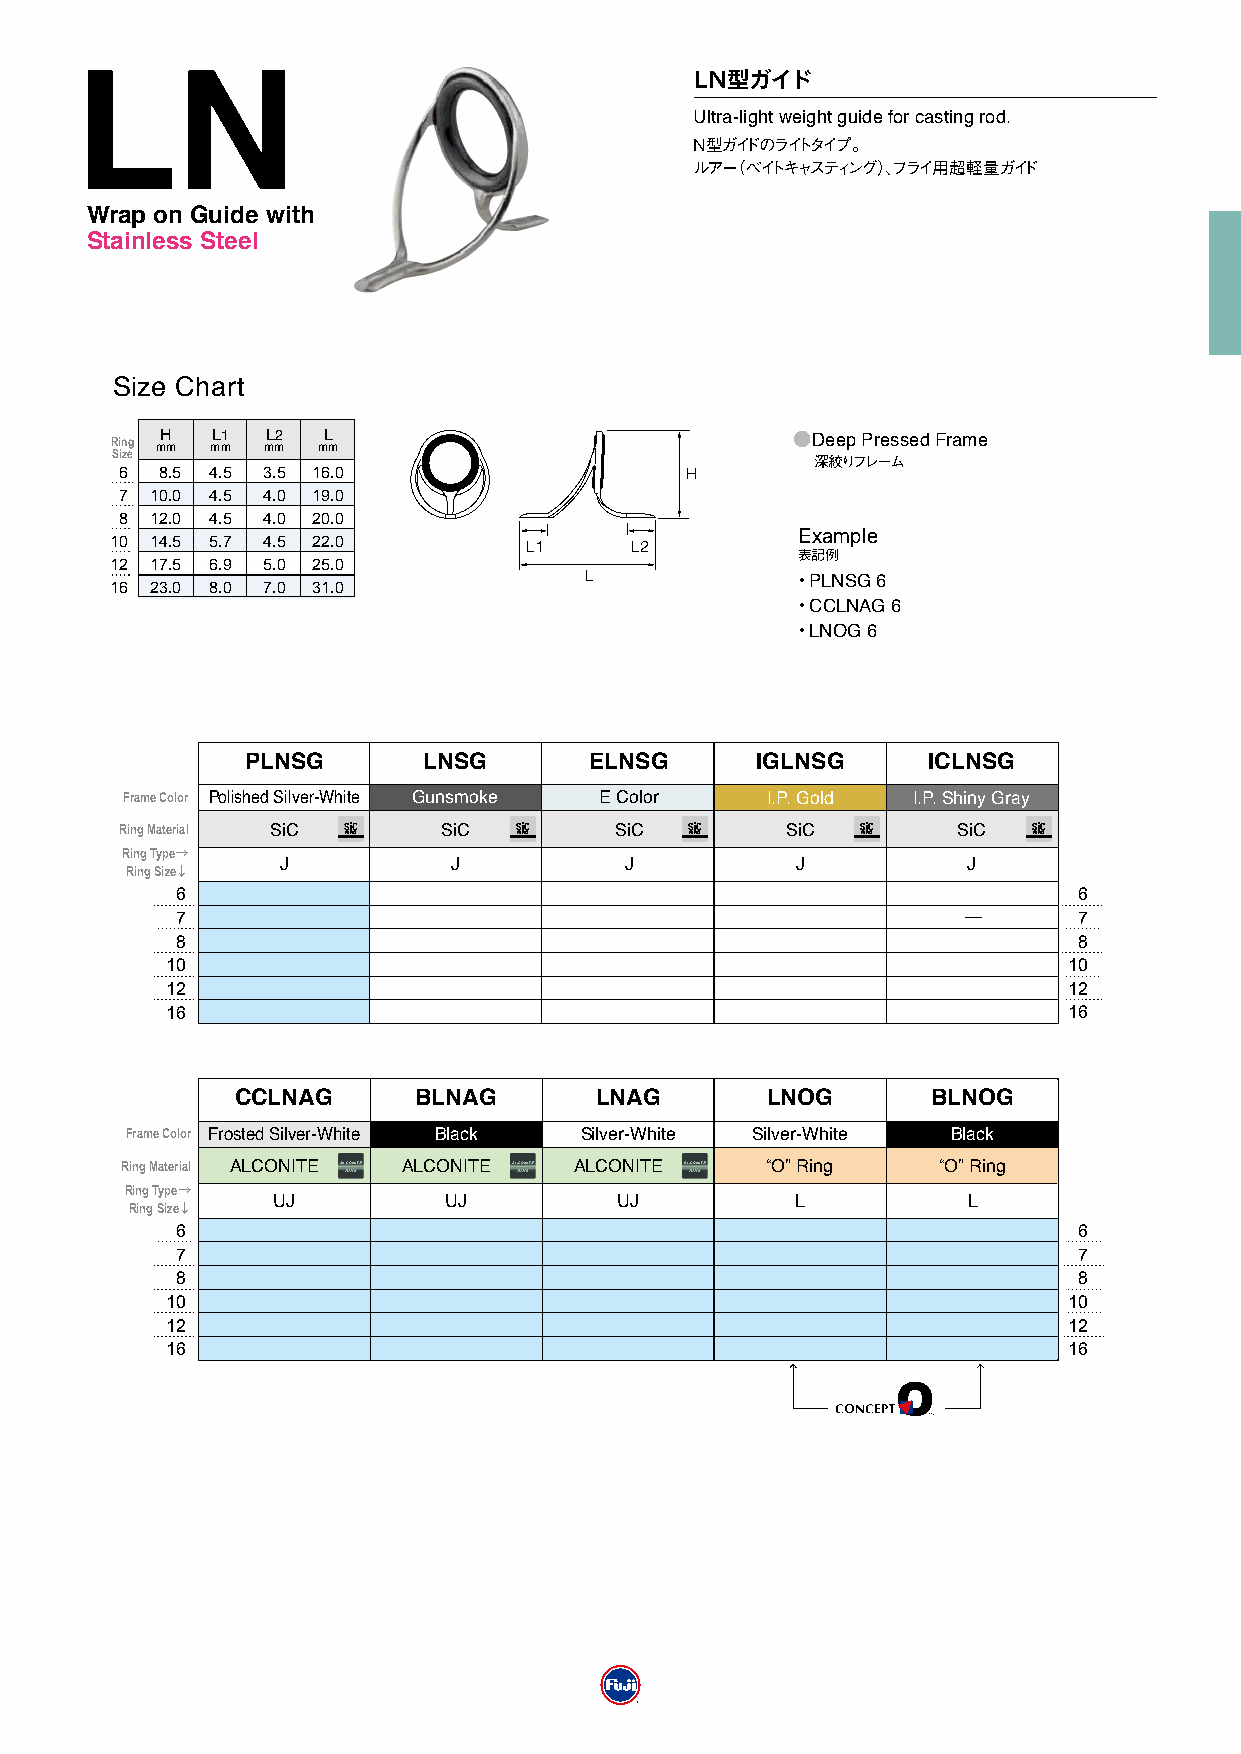
LN型ガイド
 LN
 Ultra-light weight guide for casting rod.
 N型ガイドのライトタイプ。
 ルアー（ベイトキャスティング）、フライ用超軽量ガイド
 Wrap on Guide with
 Stainless Steel
 Size Chart
 Ring H L1  L2 L                              ●Deep Pressed Frame
 Size mm mm mm mm
 深絞りフレーム
 6  8.5 4.5 3.5 16.0                  H
 7 10.0 4.5 4.0 19.0
 8 12.0 4.5 4.0 20.0
 Example
 10 14.5 5.7 4.5 22.0        L1     L2
 表記例
 12 17.5 6.9 5.0 25.0
 16 23.0 8.0 7.0 31.0            L            ・PLNSG 6
 ・CCLNAG 6
 ・LNOG 6
 PLNSG       LNSG       ELNSG      IGLNSG     ICLNSG
 Frame Color Polished Silver-White Gunsmoke E Color I.P. Gold I.P. Shiny Gray
 Ring Material SiC RING SiC RING  SiC  RING  SiC  RING  SiC  RING
 Ring Type→
 Ring Size↓ J          J          J           J          J
 6                                                          6
 7                                                   ̶      7
 8                                                          8
 10                                                          10
 12                                                          12
 16                                                          16
 CCLNAG     BLNAG       LNAG        LNOG       BLNOG
 Frame Color Frosted Silver-White Black Silver-White Silver-White Black
 Ring Material ALCONITE ALCONITE ALCONITE   “O” Ring   “O” Ring
 RING       RING        RING
 Ring Type→
 Ring Size↓ UJ       UJ          UJ          L          L
 6                                                          6
 7                                                          7
 8                                                          8
 10                                                          10
 12                                                          12
 16                                                          16